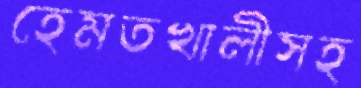
হেমতখালীসহ